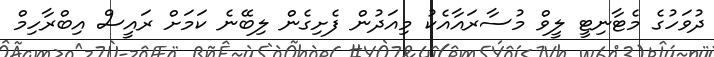
ދުވަހުގެ މެޓާނިޓީ ލީވް މުސާރައާއެކު މިއަދުން ފެށިގެން ލިބޭނެ ކަމަށް ރައީސް އިބްރާހިމް